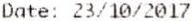
DATE: 23/10/2017